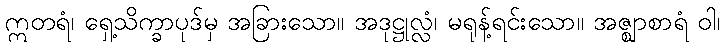
ဣတရံ၊ ရှေ့သိက္ခာပုဒ်မှ အခြားသော။ အဒုဋ္ဌုလ္လံ၊ မရုန့်ရင်းသော။ အဇ္ဈာစာရံ ဝါ၊